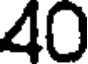
40